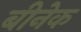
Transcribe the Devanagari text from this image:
बीनेक